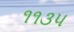
૧૧૩૫